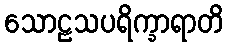
သောဠသပရိက္ခာရာတိ